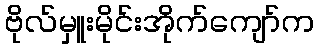
ဗိုလ်မှူးမိုင်းအိုက်ကျော်က